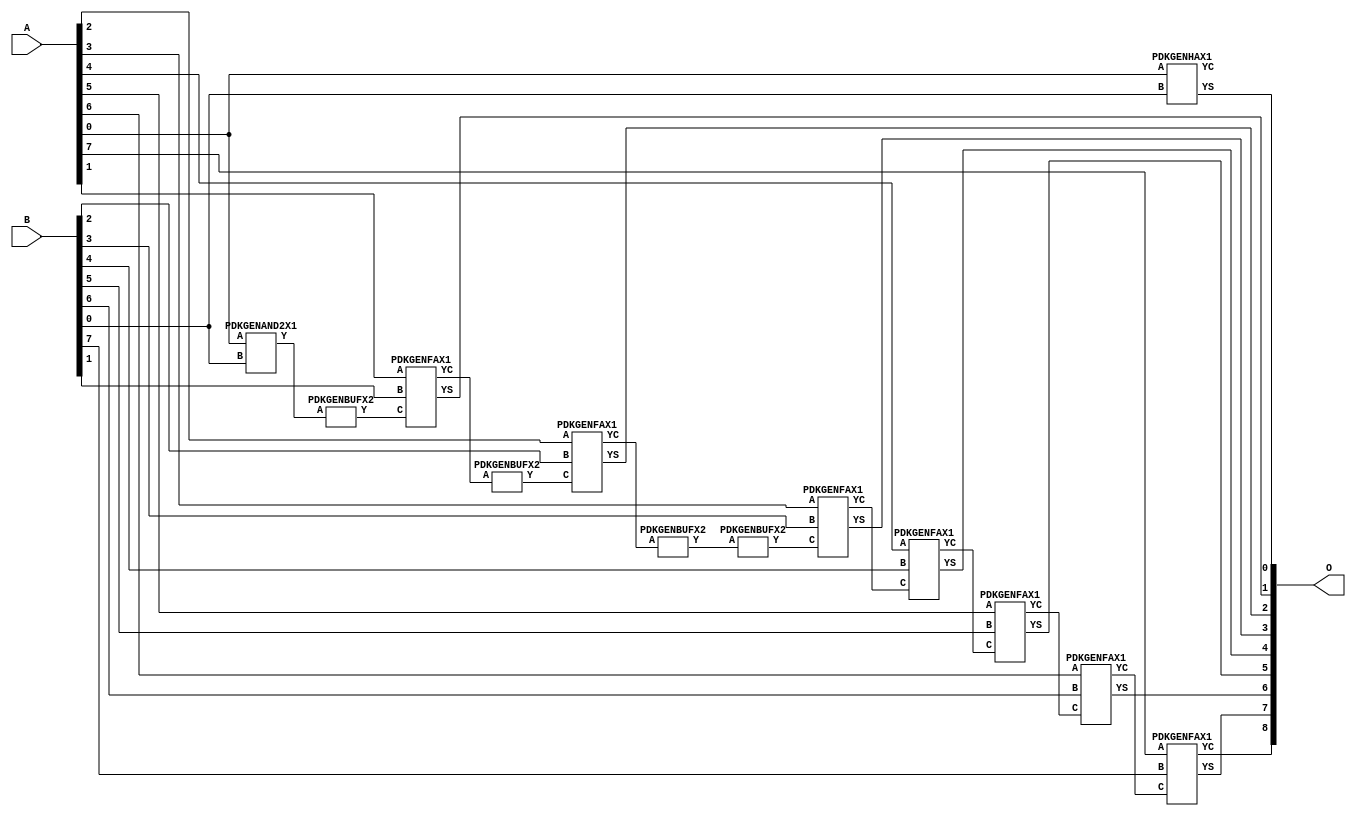
// Library = EvoApprox8b
// Circuit = add8_056
// Area   (180) = 1048
// Delay  (180) = 1.880
// Power  (180) = 379.10
// Area   (45) = 79
// Delay  (45) = 0.730
// Power  (45) = 35.75
// Nodes = 13
// HD = 0
// MAE = 0.00000
// MSE = 0.00000
// MRE = 0.00 %
// WCE = 0
// WCRE = 0 %
// EP = 0.0 %

module add8_056(A, B, O);
  input [7:0] A;
  input [7:0] B;
  output [8:0] O;
  wire [2031:0] N;

  assign N[0] = A[0];
  assign N[1] = A[0];
  assign N[2] = A[1];
  assign N[3] = A[1];
  assign N[4] = A[2];
  assign N[5] = A[2];
  assign N[6] = A[3];
  assign N[7] = A[3];
  assign N[8] = A[4];
  assign N[9] = A[4];
  assign N[10] = A[5];
  assign N[11] = A[5];
  assign N[12] = A[6];
  assign N[13] = A[6];
  assign N[14] = A[7];
  assign N[15] = A[7];
  assign N[16] = B[0];
  assign N[17] = B[0];
  assign N[18] = B[1];
  assign N[19] = B[1];
  assign N[20] = B[2];
  assign N[21] = B[2];
  assign N[22] = B[3];
  assign N[23] = B[3];
  assign N[24] = B[4];
  assign N[25] = B[4];
  assign N[26] = B[5];
  assign N[27] = B[5];
  assign N[28] = B[6];
  assign N[29] = B[6];
  assign N[30] = B[7];
  assign N[31] = B[7];

  PDKGENAND2X1 n38(.A(N[0]), .B(N[16]), .Y(N[38]));
  PDKGENBUFX2 n52(.A(N[38]), .Y(N[52]));
  PDKGENHAX1 n76(.A(N[0]), .B(N[16]), .YS(N[76]), .YC(N[77]));
  PDKGENFAX1 n82(.A(N[2]), .B(N[18]), .C(N[52]), .YS(N[82]), .YC(N[83]));
  PDKGENBUFX2 n112(.A(N[83]), .Y(N[112]));
  PDKGENFAX1 n132(.A(N[4]), .B(N[20]), .C(N[112]), .YS(N[132]), .YC(N[133]));
  PDKGENBUFX2 n138(.A(N[133]), .Y(N[138]));
  PDKGENBUFX2 n174(.A(N[138]), .Y(N[174]));
  PDKGENFAX1 n182(.A(N[6]), .B(N[22]), .C(N[174]), .YS(N[182]), .YC(N[183]));
  PDKGENFAX1 n232(.A(N[8]), .B(N[24]), .C(N[183]), .YS(N[232]), .YC(N[233]));
  PDKGENFAX1 n282(.A(N[10]), .B(N[26]), .C(N[233]), .YS(N[282]), .YC(N[283]));
  PDKGENFAX1 n332(.A(N[12]), .B(N[28]), .C(N[283]), .YS(N[332]), .YC(N[333]));
  PDKGENFAX1 n382(.A(N[14]), .B(N[30]), .C(N[333]), .YS(N[382]), .YC(N[383]));

  assign O[0] = N[76];
  assign O[1] = N[82];
  assign O[2] = N[132];
  assign O[3] = N[182];
  assign O[4] = N[232];
  assign O[5] = N[282];
  assign O[6] = N[332];
  assign O[7] = N[382];
  assign O[8] = N[383];

endmodule
/* mod */
module PDKGENHAX1( input A, input B, output YS, output YC );
    assign YS = A ^ B;
    assign YC = A & B;
endmodule
/* mod */
module PDKGENAND2X1(input A, input B, output Y );
     assign Y = A & B;
endmodule
/* mod */
module PDKGENFAX1( input A, input B, input C, output YS, output YC );
    assign YS = (A ^ B) ^ C;
    assign YC = (A & B) | (B & C) | (A & C);
endmodule
/* mod */
module PDKGENBUFX2(input A, output Y );
     assign Y = A;
endmodule